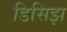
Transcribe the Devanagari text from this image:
डिसिझ